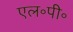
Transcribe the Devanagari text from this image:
एल॰पी॰